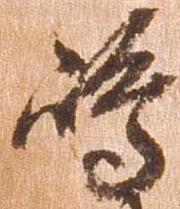
島